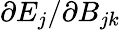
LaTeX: \partial E_{j}/\partial B_{jk}